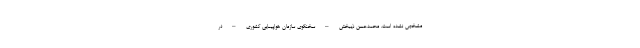
مشخص نشده است. محمدحسن ذیبخش – سخنگوی سازمان هواپیمایی کشوری – در